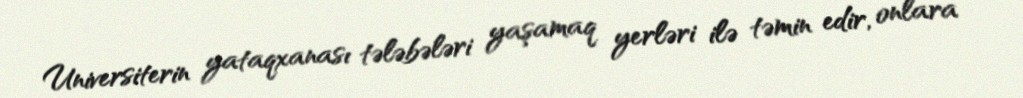
Universiterin yataqxanası tələbələri yaşamaq yerləri ilə təmin edir, onlara